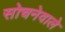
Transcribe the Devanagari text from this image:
सोचनेवाले